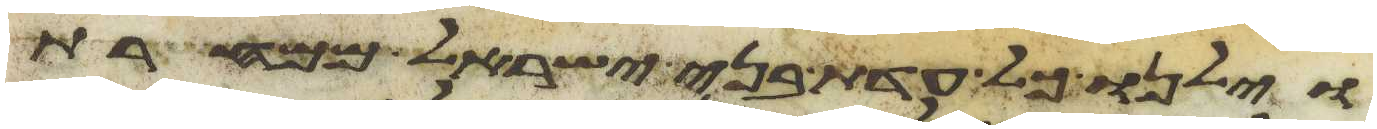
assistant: וילנו כל עדת בני ישראל ממחרת